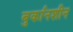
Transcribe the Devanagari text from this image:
बुर्कानशीन